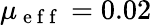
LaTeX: \mu_{\mathrm{~e~f~f~}}=0.02